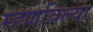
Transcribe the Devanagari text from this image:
म्हणविल्या